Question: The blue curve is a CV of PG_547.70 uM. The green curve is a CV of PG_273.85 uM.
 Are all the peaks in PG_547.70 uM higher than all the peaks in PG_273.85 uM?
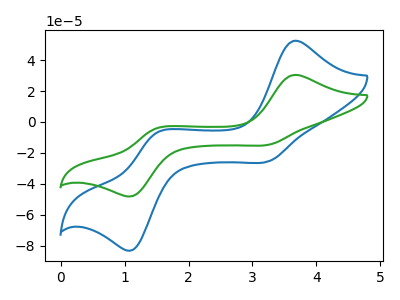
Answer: <think>The blue curve "PG_547.70 uM" has anodic peaks at (3.65V, 52.50uA) (1.50V, -6.90uA) and cathodic peaks at (3.25V, -25.40uA) (1.15V, -82.60uA). The green curve "PG_273.85 uM" has anodic peaks at (3.65V, 30.40uA) (1.50V, -4.00uA) and cathodic peaks at (3.25V, -14.70uA) (1.15V, -47.85uA).</think>
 <answer>The peaks in "PG_547.70 uM" are neither all higher or all lower than the peaks in "PG_273.85 uM".</answer>
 <eval>mixed</eval>